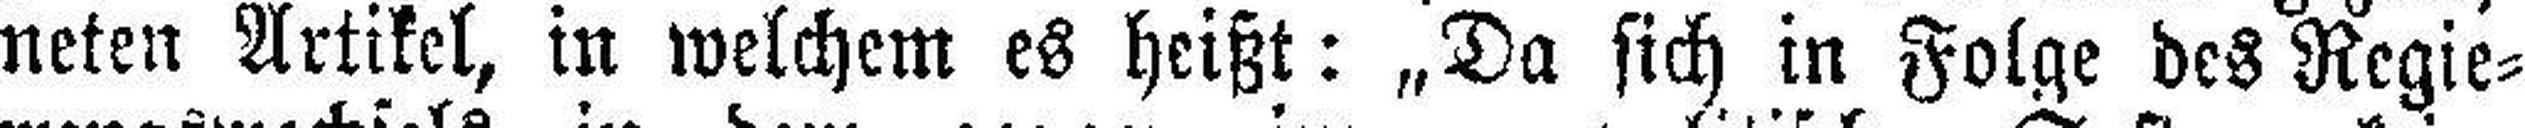
neten Artikel, in welchem cs heißt: „Da sich in Folge des Regie¬